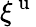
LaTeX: \xi^{\mathrm{~u~}}